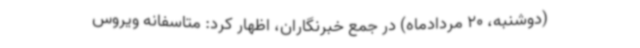
(دوشنبه، 20 مردادماه) در جمع خبرنگاران، اظهار کرد: متاسفانه ویروس